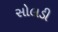
સોલડી